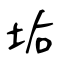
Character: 垢